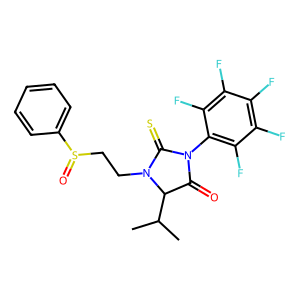
SMILES: CC(C)C1C(=O)N(c2c(F)c(F)c(F)c(F)c2F)C(=S)N1CCS(=O)c1ccccc1
Inhibits HIV replication: No